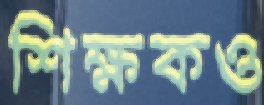
শিক্ষকও